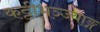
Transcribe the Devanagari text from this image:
कट्टीभञ्ज्याङ्ग